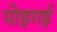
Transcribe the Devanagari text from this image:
पोइगई